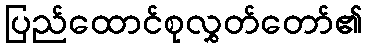
ပြည်ထောင်စုလွှတ်တော်၏